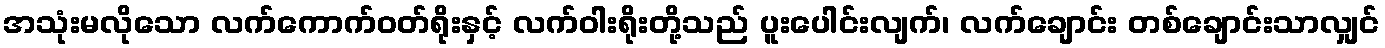
အသုံးမလိုသော လက်ကောက်ဝတ်ရိုးနှင့် လက်ဝါးရိုးတို့သည် ပူးပေါင်းလျက်၊ လက်ချောင်း တစ်ချောင်းသာလျှင်